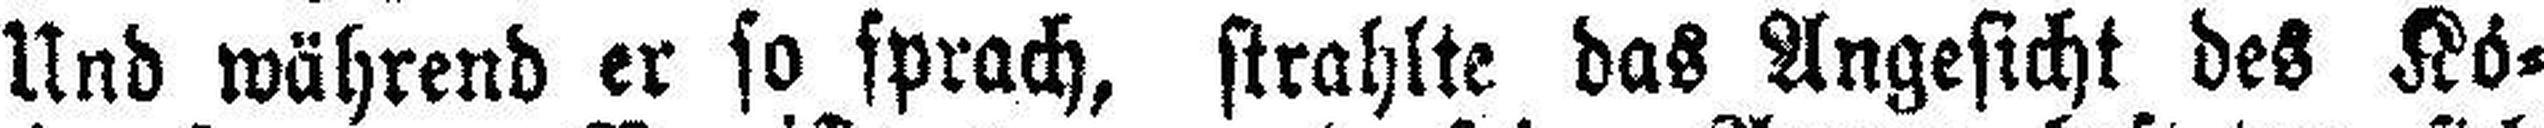
Und während er so sprach, strahlte das Angesicht des Kö¬